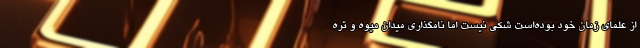
از علمای زمان خود بوده‌است شکی نیست اما نامگذاری میدان میوه و تره